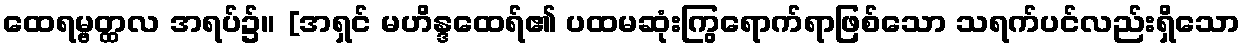
ထေရမ္ဗတ္ထလ အရပ်၌။ [အရှင် မဟိန္ဒထေရ်၏ ပထမဆုံးကြွရောက်ရာဖြစ်သော သရက်ပင်လည်းရှိသော